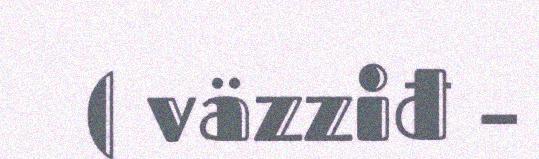
( väzziđ –